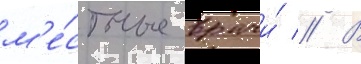
м'е́стные врачи́ // В